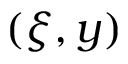
( \xi , y )